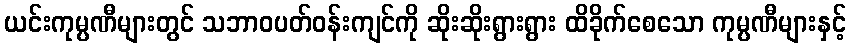
ယင်းကုမ္ပဏီများတွင် သဘာဝပတ်ဝန်းကျင်ကို ဆိုးဆိုးရွားရွား ထိခိုက်စေသော ကုမ္ပဏီများနှင့်